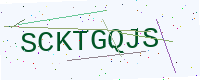
Text: SCKTGQJS